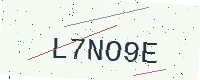
Text: L7NO9E